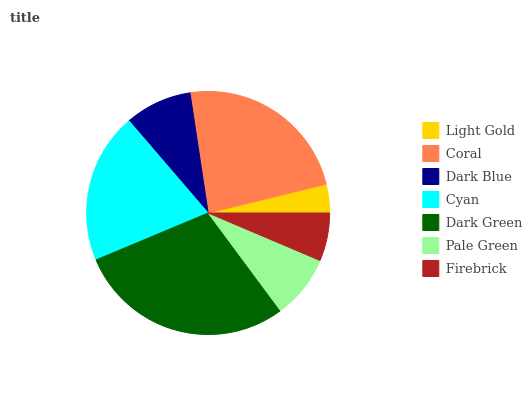
| Light Gold | Coral | Dark Blue | Cyan | Dark Green | Pale Green | Firebrick |
 | --- | --- | --- | --- | --- | --- | --- |
 | 3.8% | 23.6% | 8.91% | 20.1% | 28.8% | 8.47% | 6.38% |